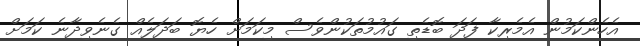
އެހެންކަމުން އެމެރިކާ ފަދަ ބޮޑެތި ގައުމުތަކުންވެސް މިކަމަށް ހެޔޮ ބަދަލެއް ގެނެވިދާނެ ކަމަށް